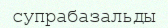
супрабазальды